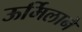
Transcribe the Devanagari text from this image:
ऊर्मिलाने